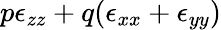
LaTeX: p\epsilon_{zz}+q(\epsilon_{xx}+\epsilon_{yy})